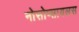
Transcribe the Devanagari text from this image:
नोसोप्सायलस